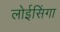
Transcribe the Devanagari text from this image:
लोईसिंगा